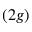
( 2 g )